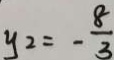
y _ { 2 } = - \frac { 8 } { 3 }